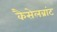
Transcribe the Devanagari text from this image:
कैसेलब्रांट